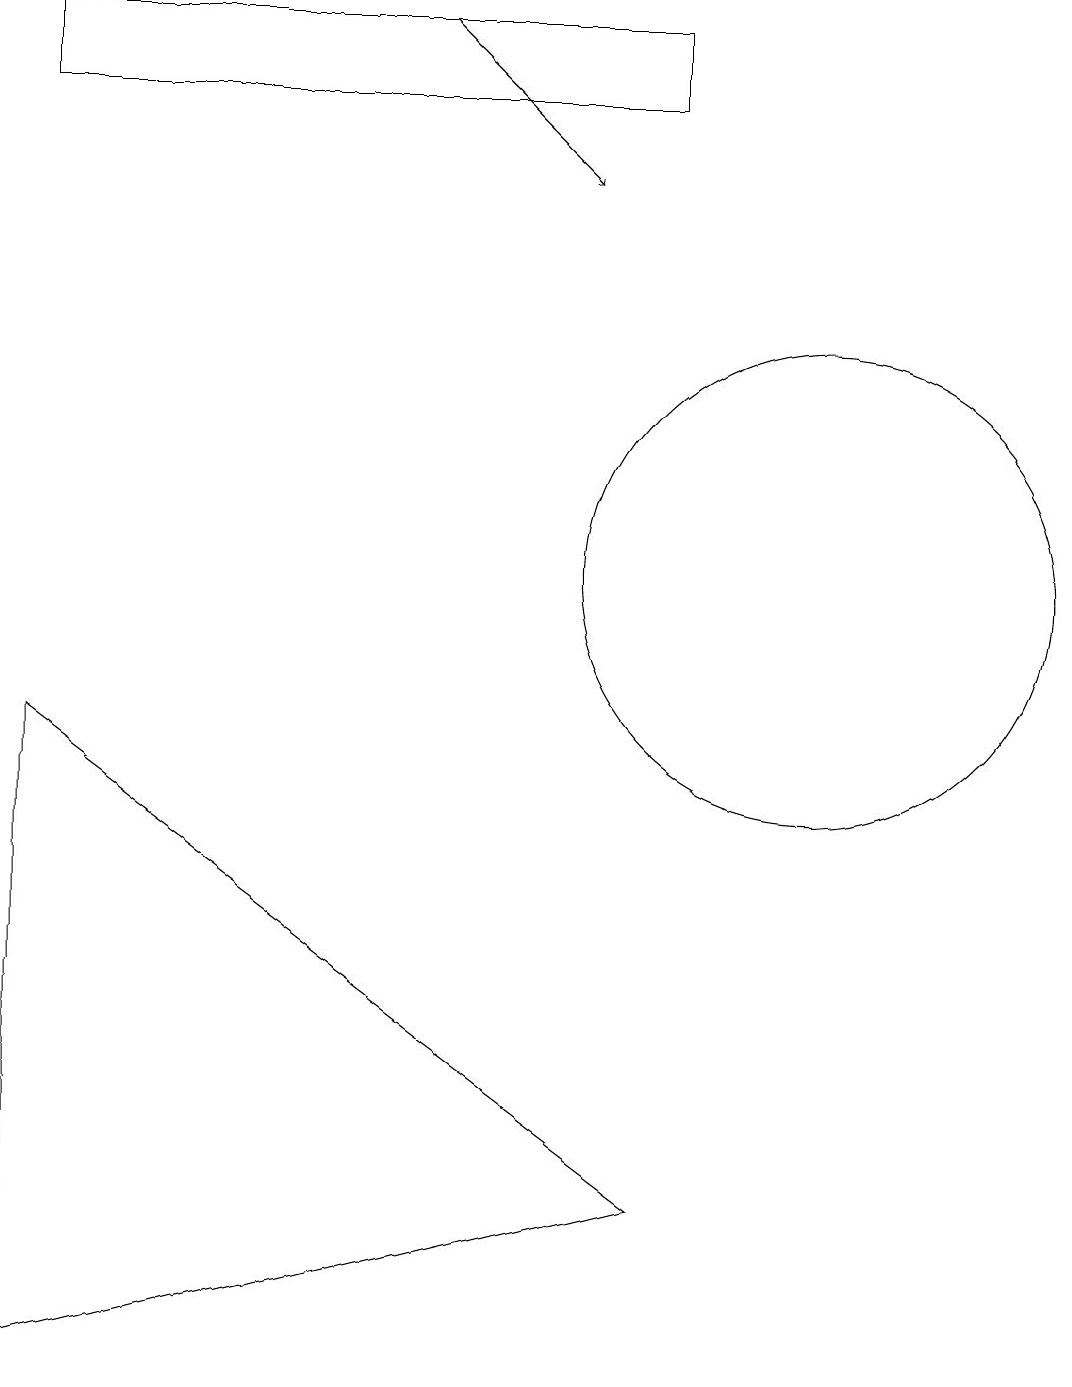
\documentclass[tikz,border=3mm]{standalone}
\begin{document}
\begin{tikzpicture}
\draw[->] (5,17) -- (7,15);
\draw (0,0) -- (8,2) -- (0,8) -- cycle;
\draw (10,10) circle (3);
\draw (8,16) rectangle (0,17);
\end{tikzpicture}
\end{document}